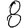
Digit: 8